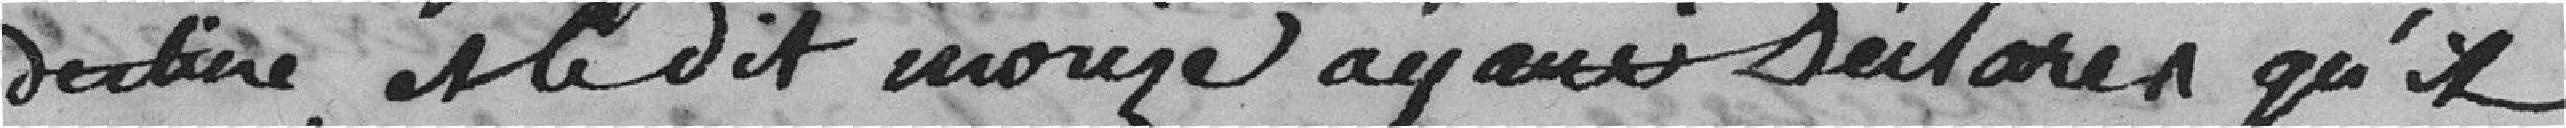
destine, et le dit Morize ayant déclaré qu'il